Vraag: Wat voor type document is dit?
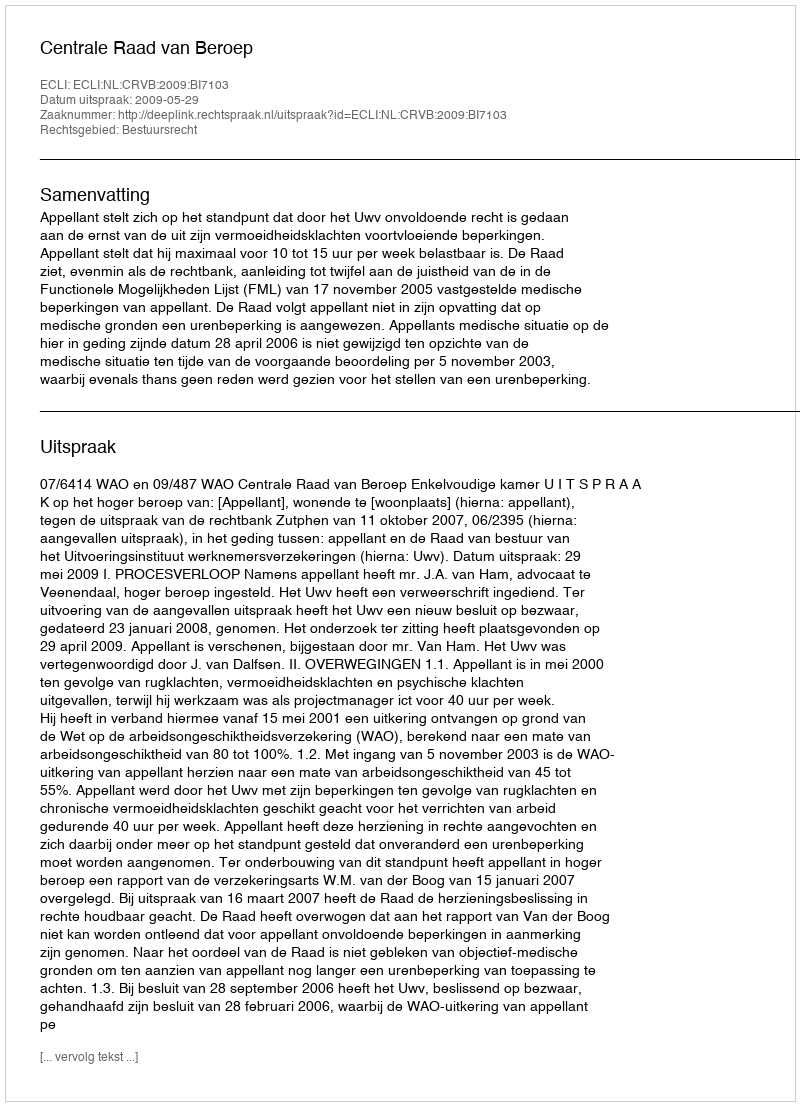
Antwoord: Uitspraak